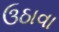
ઉઠાવા